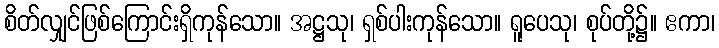
စိတ်လျှင်ဖြစ်ကြောင်းရှိကုန်သော။ အဋ္ဌသု၊ ရှစ်ပါးကုန်သော။ ရူပေသု၊ စုပ်တို့၌။ ဧကာ၊